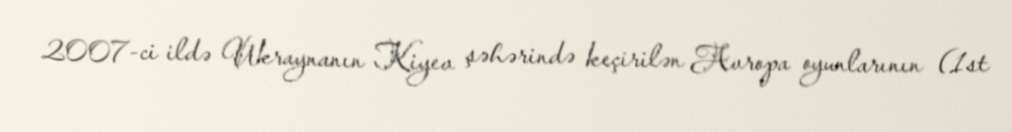
2007-ci ildə Ukraynanın Kiyev şəhərində keçirilən Avropa oyunlarının (1st